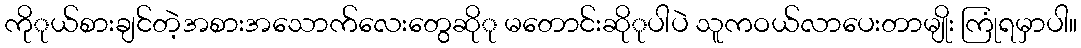
ကိုုယ်စားချင်တဲ့အစားအသောက်လေးတွေဆိုု မတောင်းဆိုုပါပဲ သူကဝယ်လာပေးတာမျိုး ကြုံရမှာပါ။